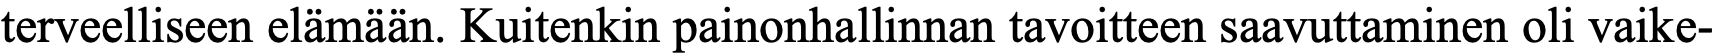
terveelliseen elämään. Kuitenkin painonhallinnan tavoitteen saavuttaminen oli vaike-